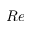
R e